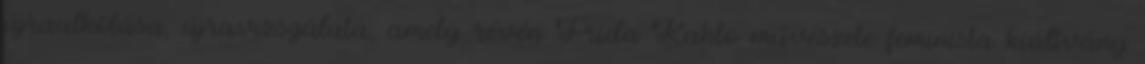
újraalkotása, újravizsgálata, amely révén Frida Kahlo művészete feminista kiáltvány